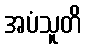
အပံသူတိ